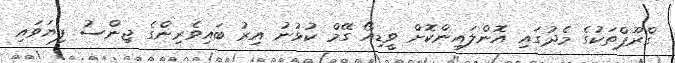
ގްރޫޕްތަކުގެ މެދުގައި އޮންލައިންކޮށް ވީޑިއޯ ގޭމް ކުޅުނު އިރު ބައިވެރިންގެ ޖިންސު ފިޔަވައި